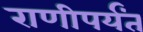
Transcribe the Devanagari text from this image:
राणीपर्यंत